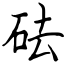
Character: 砝